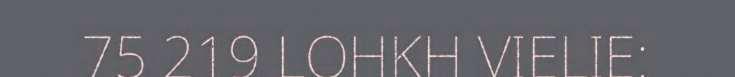
75 219 LOHKH VIELIE: